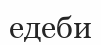
едеби